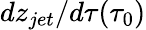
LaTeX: dz_{jet}/d\tau(\tau_{0})